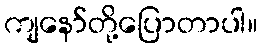
ကျနော်တို့ပြောတာပါ။